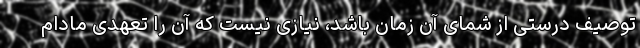
توصیف درستی از شمای آن زمان باشد، نیازی نیست که آن را تعهدی مادام